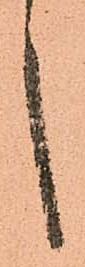
言